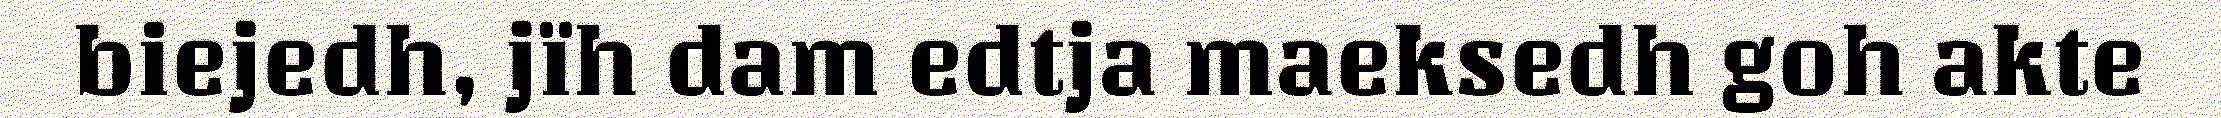
biejedh, jïh dam edtja maeksedh goh akte